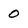
Character: 0